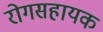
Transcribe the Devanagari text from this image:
रोगसहायक